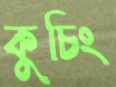
কুচিং